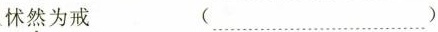
怵然为戒 (……)